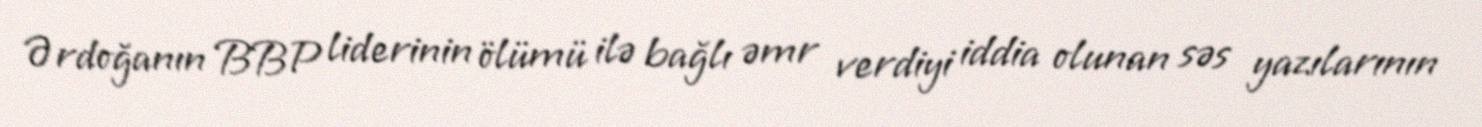
Ərdoğanın BBP liderinin ölümü ilə bağlı əmr verdiyi iddia olunan səs yazılarının